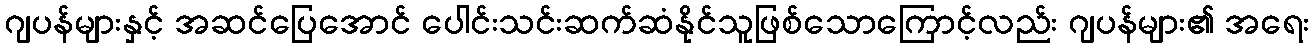
ဂျပန်များနှင့် အဆင်ပြေအောင် ပေါင်းသင်းဆက်ဆံနိုင်သူဖြစ်သောကြောင့်လည်း ဂျပန်များ၏ အရေး